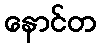
နောင်တ